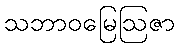
သဘာဝမြေဩဇာ